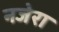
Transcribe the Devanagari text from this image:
नजेरा